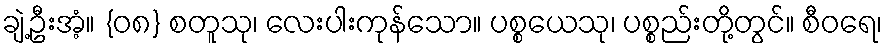
ချဲ့ဦးအံ့။ {၀၈} စတူသု၊ လေးပါးကုန်သော။ ပစ္စယေသု၊ ပစ္စည်းတို့တွင်။ စီဝရေ၊